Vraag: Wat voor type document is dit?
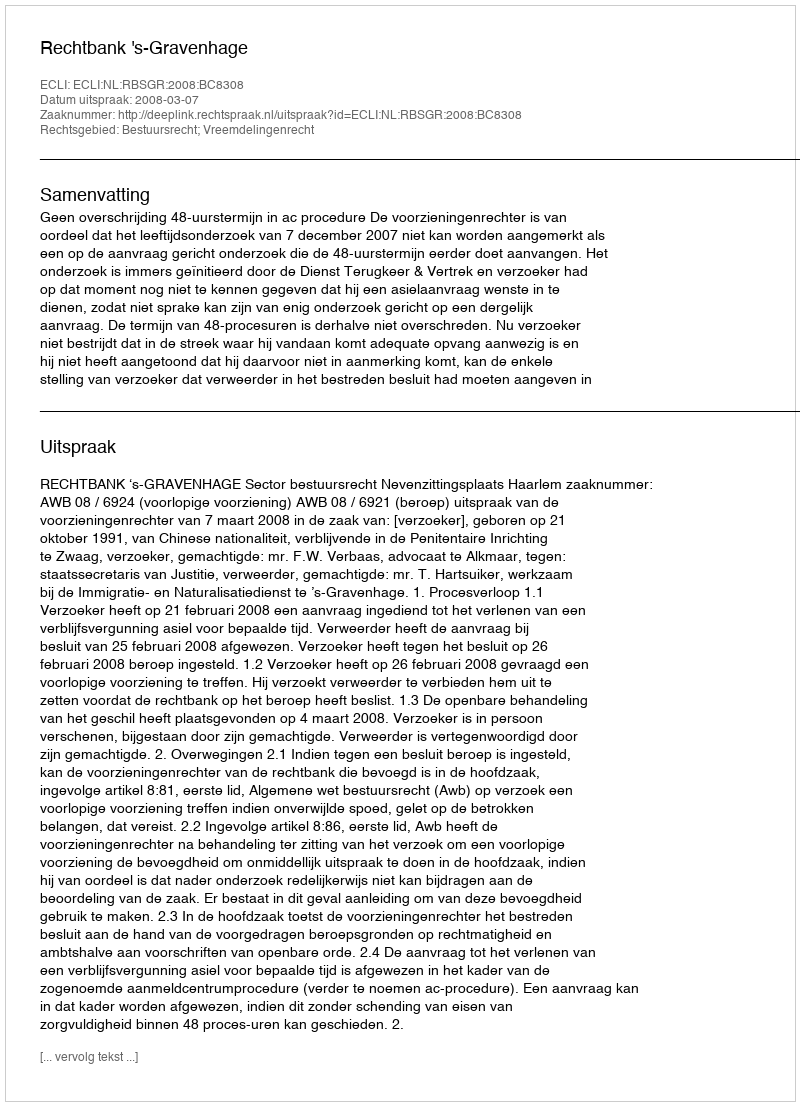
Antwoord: Uitspraak